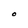
Character: O